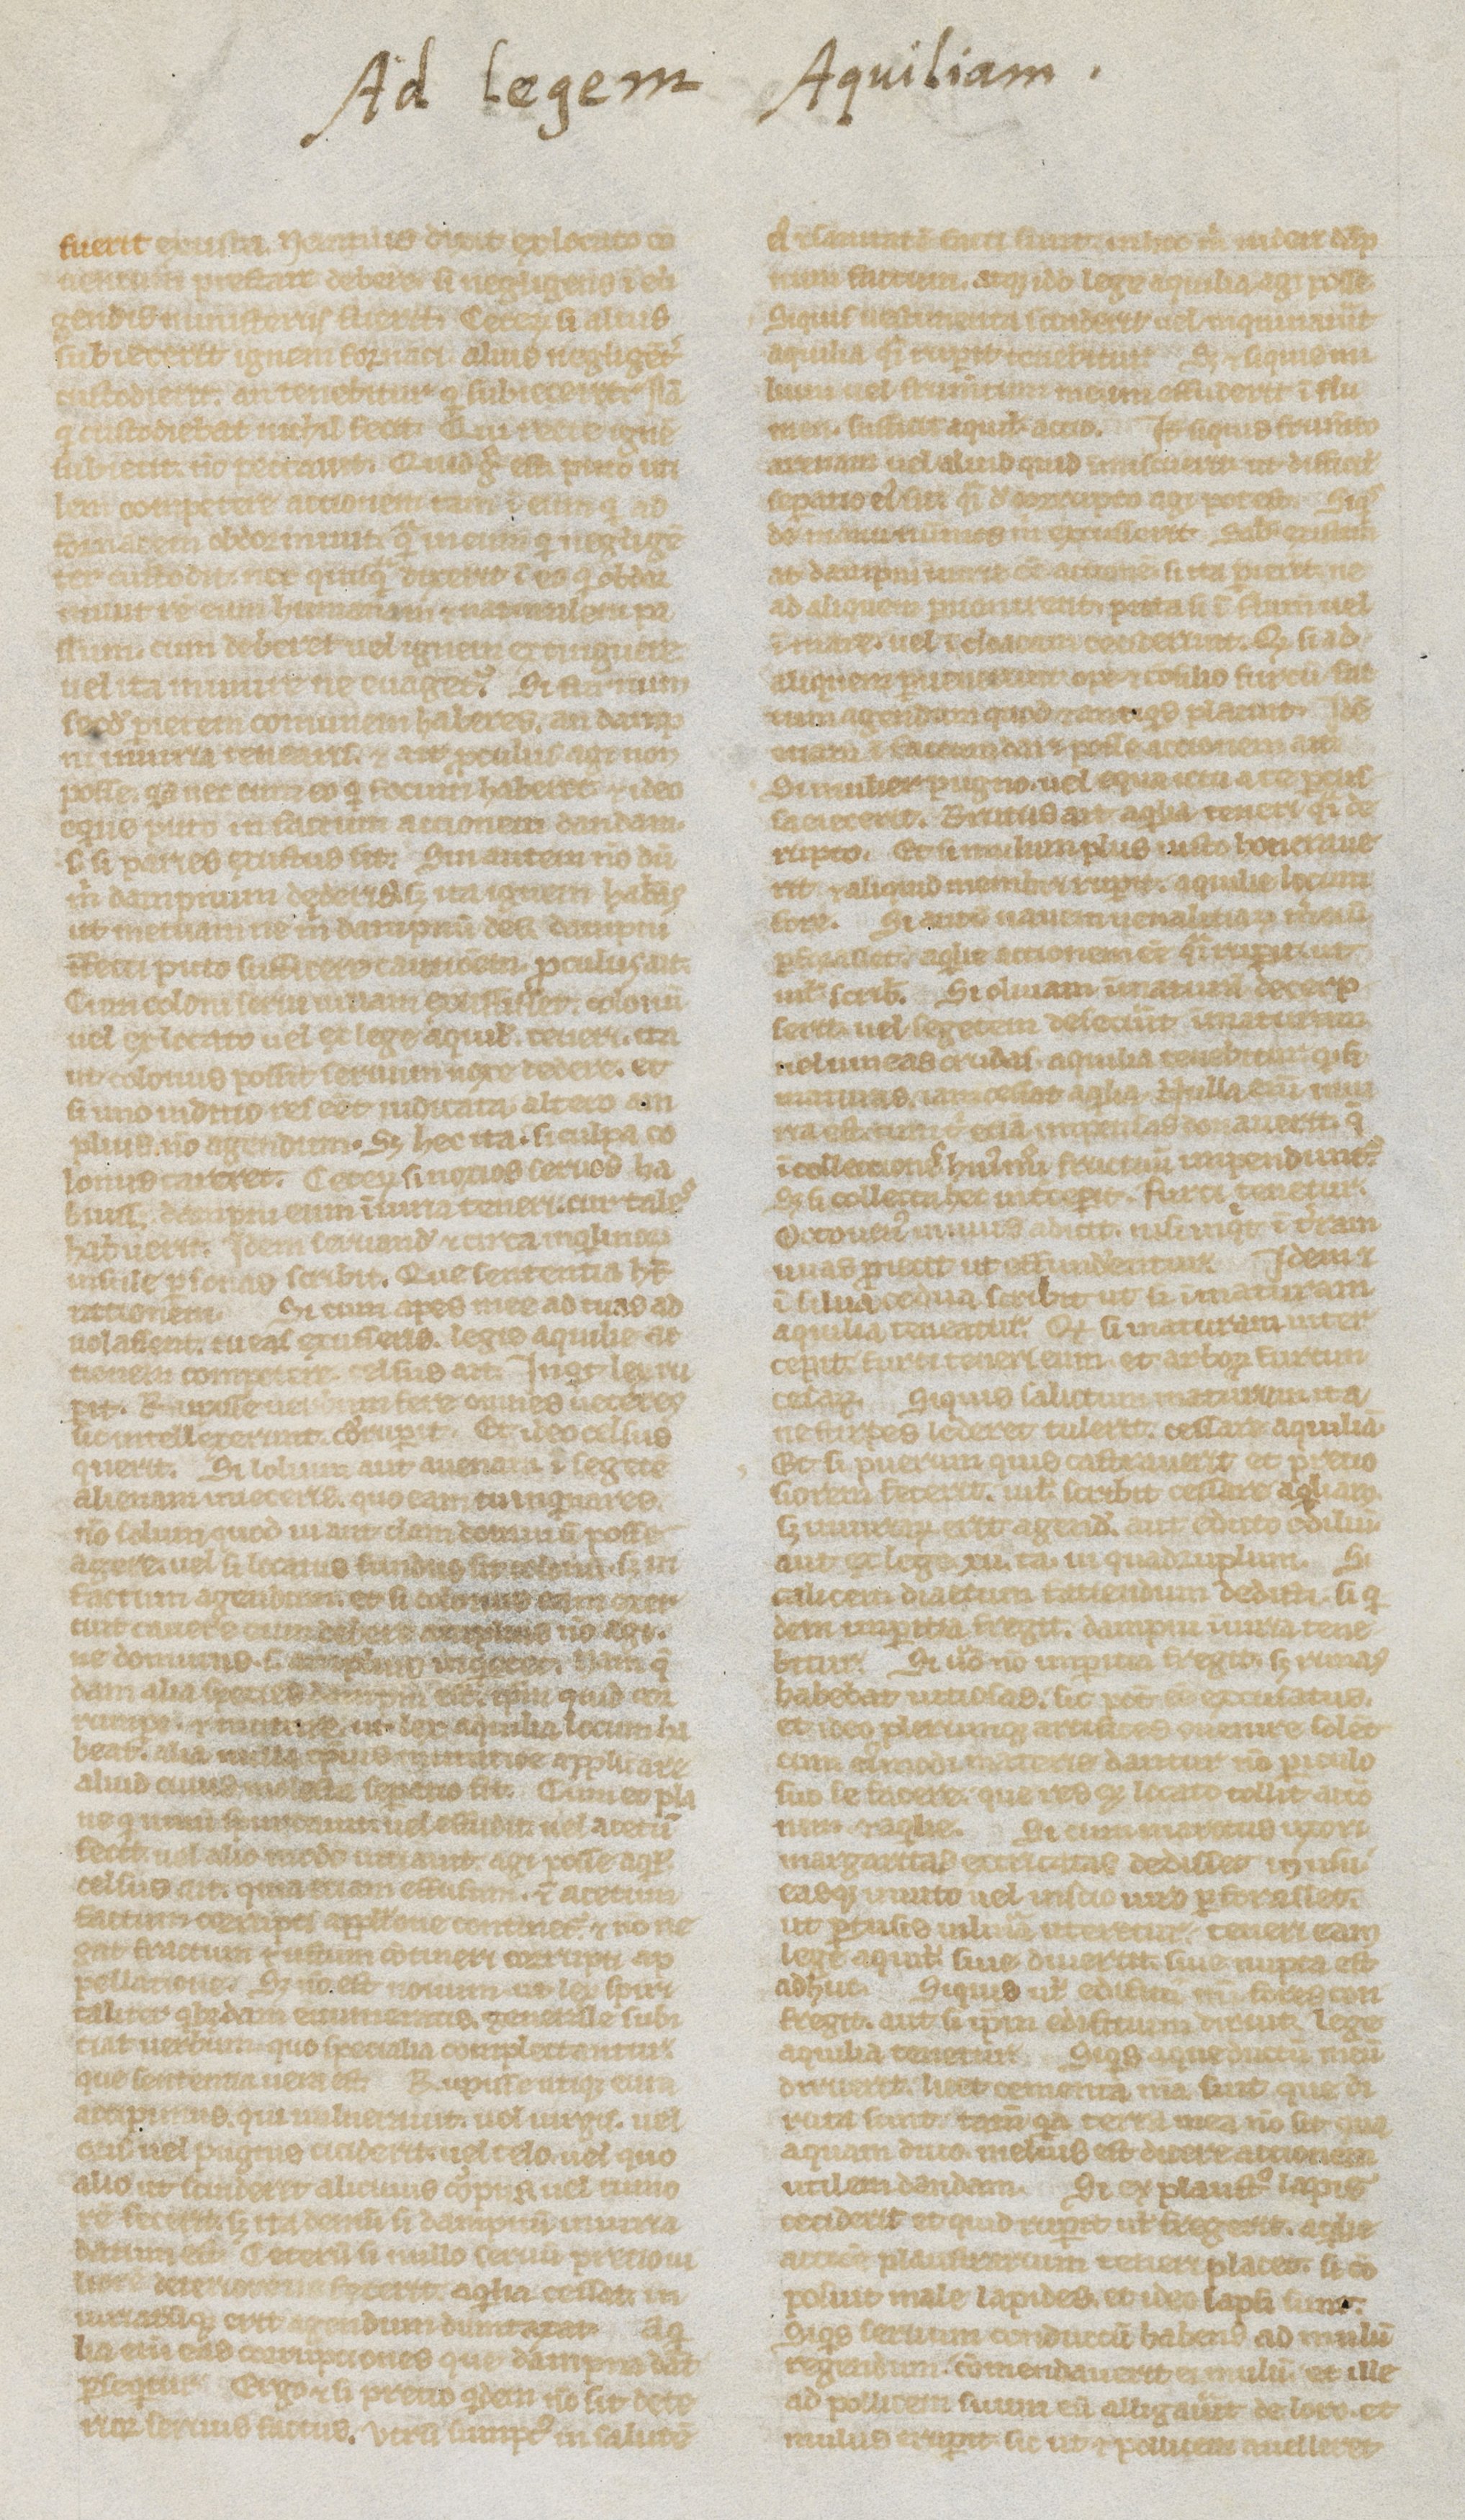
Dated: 1235–1265